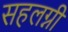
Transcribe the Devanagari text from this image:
सहलग्नी